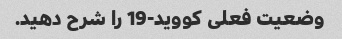
وضعیت فعلی کووید-19 را شرح دهید.